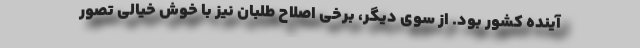
آینده کشور بود. از سوی دیگر، برخی اصلاح طلبان نیز با خوش خیالی تصور